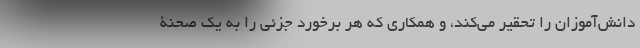
دانش‌آموزان را تحقیر می‌کند، و همکاری که هر برخورد جزئی را به یک صحنۀ